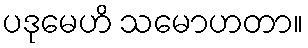
ပဒုမေဟိ သမောဟတာ။